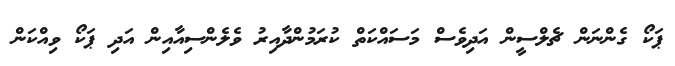
ޕަކޯ ގެންނަން ޗެލްސީން އަދިވެސް މަސައްކަތް ކުރަމުންދާއިރު ވެލެންސިއާއިން އަދި ޕަކޯ ވިއްކަން